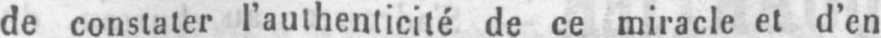
de constater l’authenticité de ce miracle et d’en